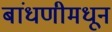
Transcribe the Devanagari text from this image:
बांधणीमधून